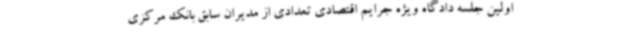
اولین جلسه دادگاه ویژه جرایم اقتصادی تعدادی از مدیران سابق بانک مرکزی